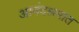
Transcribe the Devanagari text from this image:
आनंदश्रमात